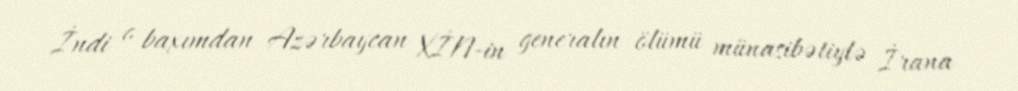
İndi o baxımdan Azərbaycan XİN-in generalın ölümü münasibətiylə İrana